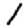
Digit: 1